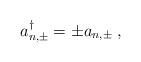
LaTeX: \begin{align*}a_{n,\pm}^\dagger = \pm a_{n,\pm} {\; ,}\end{align*}